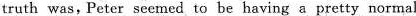
truth was,Peter seemed to be having a pretty normal